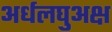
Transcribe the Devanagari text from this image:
अर्धलघुअक्ष